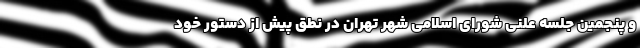
و پنجمین جلسه علنی شورای اسلامی شهر تهران در نطق پیش از دستور خود